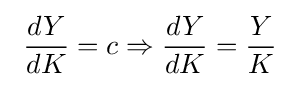
\ {\frac {dY}{dK}}=c\Rightarrow {\frac {dY}{dK}}={\frac {Y}{K}}